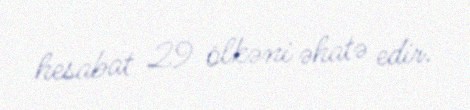
hesabat 29 ölkəni əhatə edir.